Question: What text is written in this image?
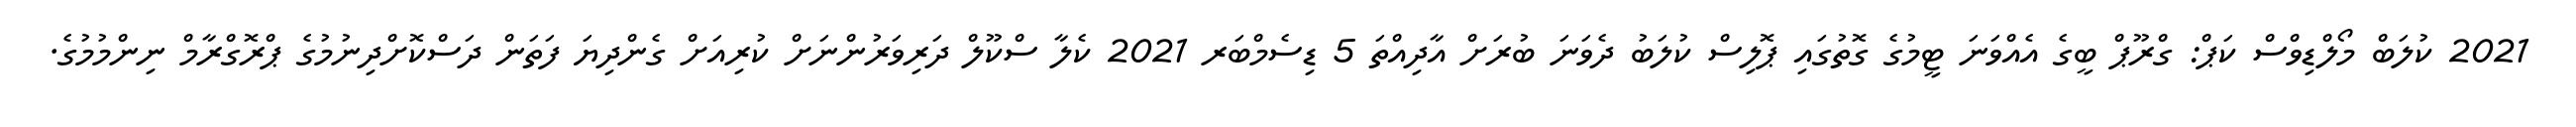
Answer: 2021 ކުލަބް މޯލްޑިވްސް ކަޕް: ގްރޫޕް ބީގެ އެއްވަނަ ޓީމުގެ ގޮތުގައި ޕޮލިސް ކުލަބު ދެވަނަ ބުރަށް އާދިއްތަ 5 ޑިސެމްބަރ 2021 ކެލާ ސްކޫލް ދަރިވަރުންނަށް ކުރިއަށް ގެންދިޔަ ފަތަން ދަސްކޮށްދިނުމުގެ ޕްރޮގްރާމް ނިންމުމުގެ.